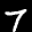
Label: 7